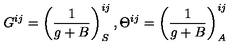
G ^ { i j } = \left( { \frac { 1 } { g + B } } \right) _ { S } ^ { i j } , \Theta ^ { i j } = \left( { \frac { 1 } { g + B } } \right) _ { A } ^ { i j }